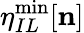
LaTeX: \eta_{IL}^{\mathrm{min}}[{\mathbf n}]